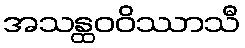
အသန္ထဝဝိဿာသီ